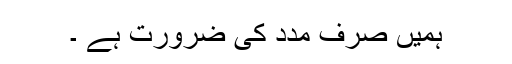
ہمیں صرف مدد کی ضرورت ہے ۔